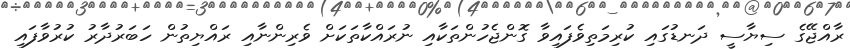
ރާއްޖޭގެ ސިޔާސީ ދަނޑުގައި ކުރިމަތިވެފައިވާ ގޮންޖެހުންތަކާއި ނުރައްކާތަކަށް ވެރިންނާއި ރައްޔިތުން ހަބަރުދާރު ކުރުވާފައި